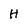
Character: H